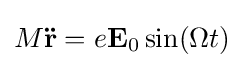
M\mathbf {\ddot {r}} =e\mathbf {E} _{0}\sin(\Omega t)\!